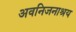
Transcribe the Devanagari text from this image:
अवनिजनाश्रय